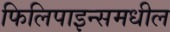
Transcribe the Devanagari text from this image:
फिलिपाइन्समधील